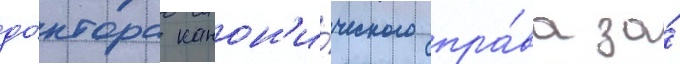
до́ктора канон'и́ческого пра́ва за́